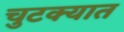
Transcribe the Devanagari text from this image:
चुटक्यात